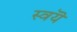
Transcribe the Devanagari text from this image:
स्वयॆ